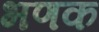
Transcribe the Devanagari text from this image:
भणक